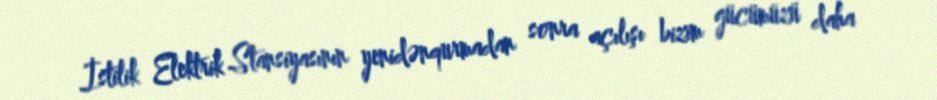
İstilik Elektrik Stansiyasının yenidənqurmadan sonra açılışı bizim gücümüzü daha